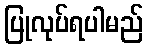
ပြုလုပ်ရပါမည်